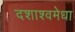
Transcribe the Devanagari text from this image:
दशाश्वमेधा